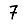
Digit: 7